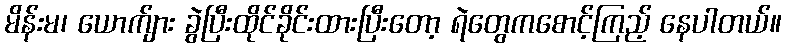
မိန်းမ၊ ယောက်ျား ခွဲပြီးထိုင်ခိုင်းထားပြီးတော့ ရဲတွေကစောင့်ကြည့် နေပါတယ်။